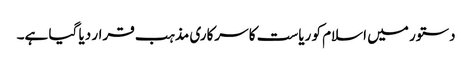
دستور میں اسلام کو ریاست کا سرکاری مذہب قرار دیا گیا ہے۔